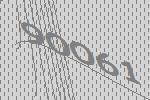
90061